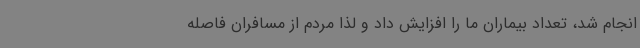
انجام شد، تعداد بیماران ما را افزایش داد و لذا مردم از مسافران فاصله